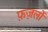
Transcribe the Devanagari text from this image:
फ़ज़लों